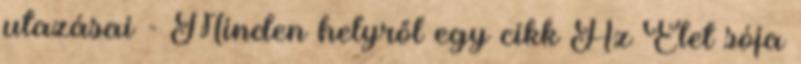
utazásai - Minden helyről egy cikk Az Élet sója